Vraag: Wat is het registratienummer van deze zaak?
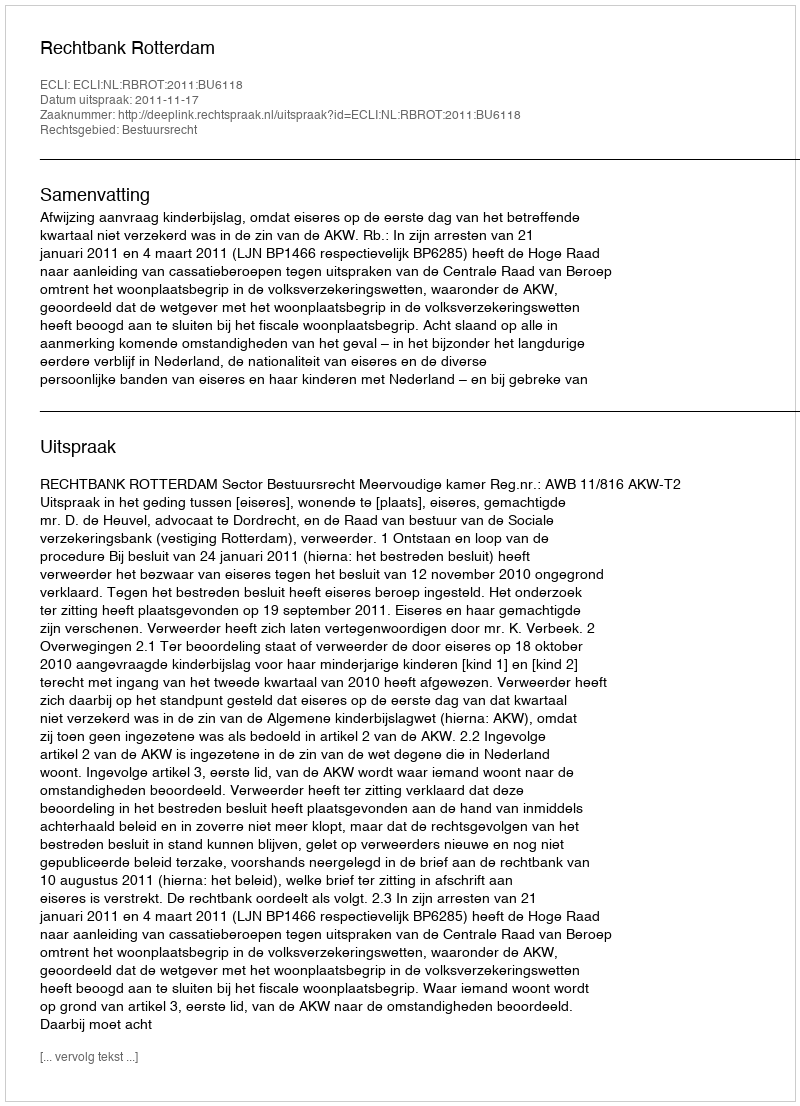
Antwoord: http://deeplink.rechtspraak.nl/uitspraak?id=ECLI:NL:RBROT:2011:BU6118